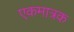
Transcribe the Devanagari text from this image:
एकमात्रक